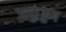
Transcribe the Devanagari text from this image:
आकुंकुप